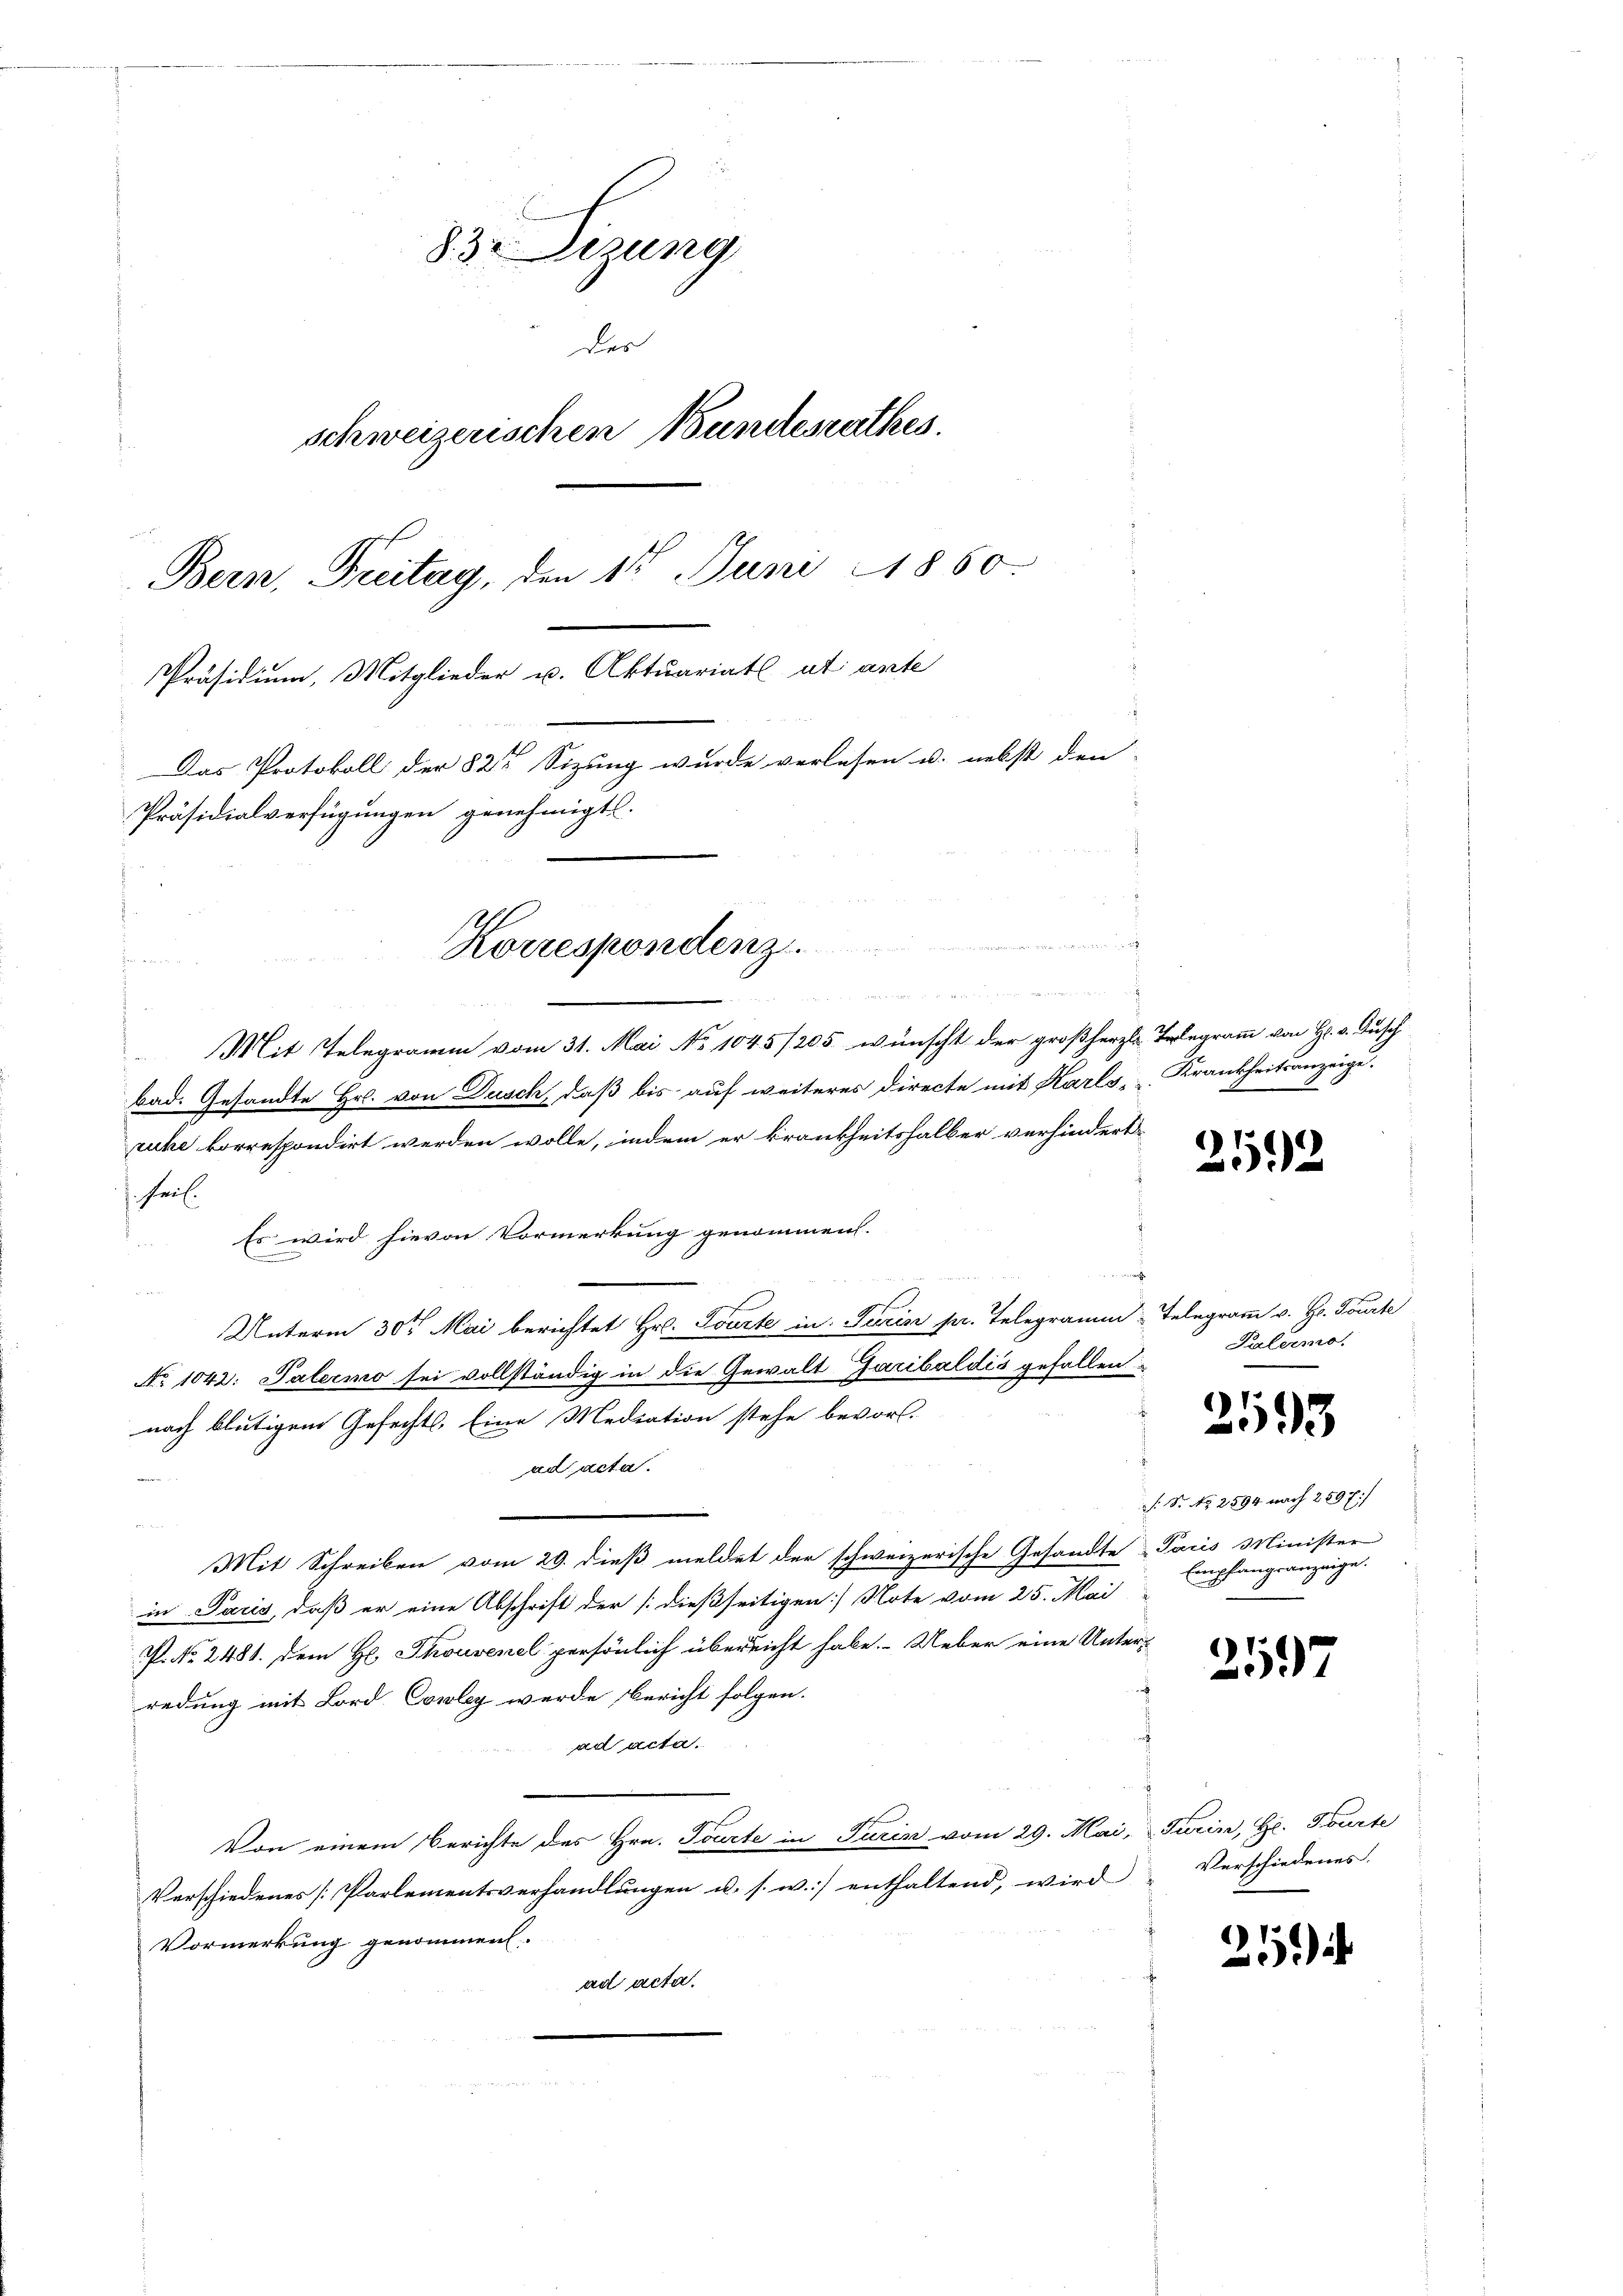
83 Dizung
des
schweizerischen Bundesrathes.
Bern, Freitag, den 1t Juni 1860.
Präsidium, Mitglieder u. Aktuariats et ante
Das Protokoll der 82t Sizung wurde verlesen u. nebst den
Präsidialverfügungen genehmigt.

Korrespondenz
.

n

Mit Telegramm vom 31. Mai No 1045/205 wünscht der großherzl. Telegramm von H. v. Dusch
bad. Gesandte Hr. von Dusch, daß bis auf weiteres Directe mit Karls - Krankheitsanzeige.
ruhe korrespondirt werden wolle, indem er krankheitshalber verhindert
 heil.
Es wird hievon Vormerkung genommen.
Unterm 30t Mai berichtet Hr. Tourte in Turin pr. Telegramm Telegramm v. H. Tourte
No 1042: Palermo sei vollständig in die Gewalt Garibaldis gefallen
nach blutigem Gefechts, Eine Mediation stehe bevor.
ad acta.
Mit Schreiben vom 20. dieß meldet der schweizerische Gesandte Paris Minister
in Paris, daß er eine Abschrift der [dießseitigen Note vom 25. Mai
P. No. 2481. dem H. Thonvenel persönlich übereicht habe. Ueber eine Unter-
redung mit Lord Couley werde Bericht folgen.
ad acta.
Von einem Berichte des Hrn. Tourte in Turin vom 29. Mai, Turin, Hr. Tourte
Verschiedenes [Parlementsverhandlungen u. s. w.) enthaltend, wird
Vormerkung genommen.
ad acta.

e

259.

.

Palermo.

13
33

. S. Nr. 2594 nach 289 f.)
Empfangsanzeige.

2597

Verschiedenes.

).
a